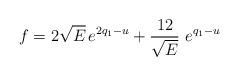
LaTeX: \begin{align*} f = 2 \sqrt{E}\, e^{2q_1 - u} + \frac{12}{\sqrt{E}}\,\,e^{q_1 -u}\end{align*}